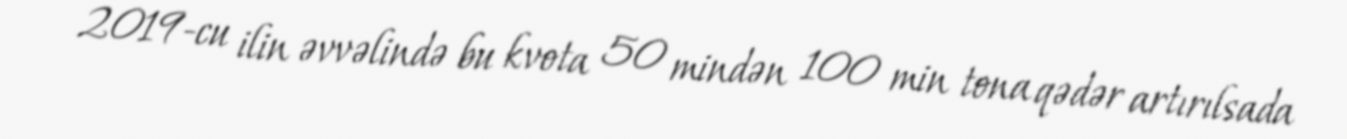
2019-cu ilin əvvəlində bu kvota 50 mindən 100 min tona qədər artırılsada